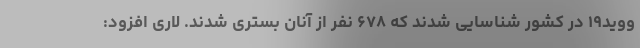
ووید۱۹ در کشور شناسایی شدند که ۶۷۸ نفر از آنان بستری شدند. لاری افزود: